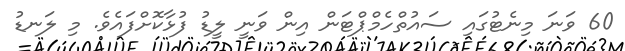
60 ވަނަ މިނެޓުގައި ސައުތްހެމްޕްޓަން އިން ވަނީ ލީޑު ފުޅާކޮށްފައެވެ. މި ލަނޑު